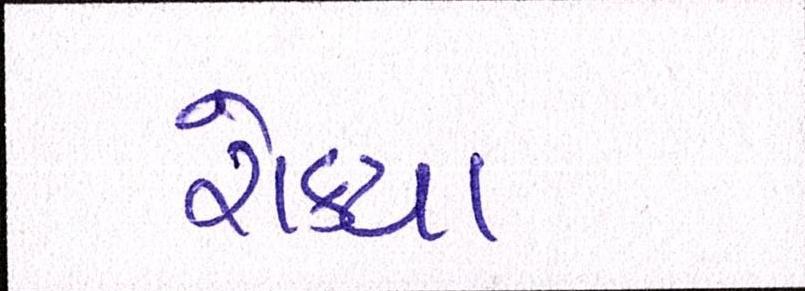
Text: રોક્યા